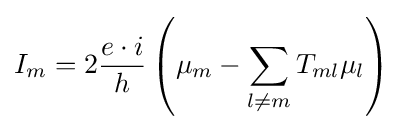
I_{m}=2{\frac {e\cdot i}{h}}\left(\mu _{m}-\sum _{l\neq m}T_{ml}\mu _{l}\right)